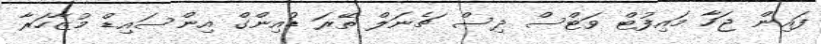
ފައިން ޖަހާ މައިފުޓް ވަޓްސް ދިސް ޗެނަލް ތޭރަ ޑުއިންގް އިންސައިޑް މުޒާހަރާ